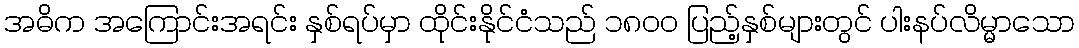
အဓိက အကြောင်းအရင်း နှစ်ရပ်မှာ ထိုင်းနိုင်ငံသည် ၁၈၀၀ ပြည့်နှစ်များတွင် ပါးနပ်လိမ္မာသော